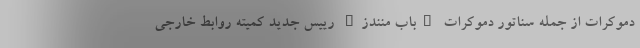
دموکرات از جمله سناتور دموکرات "باب منندز" رییس جدید کمیته روابط خارجی